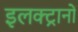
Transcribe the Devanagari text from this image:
इलक्ट्रानों